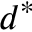
d ^ { * }